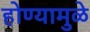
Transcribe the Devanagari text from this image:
होण्यामुळे